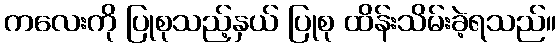
ကလေးကို ပြုစုသည့်နှယ် ပြုစု ထိန်းသိမ်းခဲ့ရသည်။